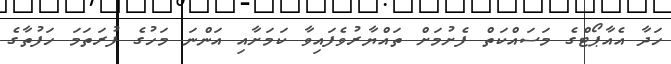
ހަދާ އެއާޕޯޓްގެ މަސައްކަތް ފެށުމަށް ތައްޔާރުވެފައިވާ ކަމަށާއި އަންނަ މަހުގެ ފުރަތަމަ ހަފުތާގެ